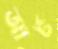
আর্ট